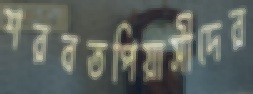
শরবতপিয়াসীদের